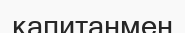
капитанмен